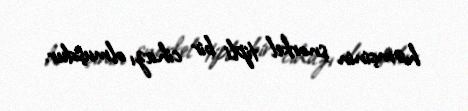
həmçinin şnorkel tipli bir cihazı olmuşdur.